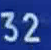
32